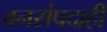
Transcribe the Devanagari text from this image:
वनसंपदाही